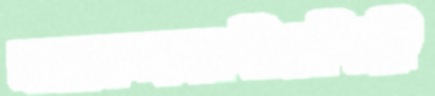
নজরুলসংগীতশিল্পী